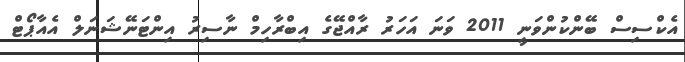
އެކްސިސް ބޭންކުންވަނީ 2011 ވަނަ އަހަރު ރާއްޖޭގެ އިބްރާހިމް ނާސިރު އިންޓަނޭޝަނަލް އެއާޕޯޓް